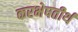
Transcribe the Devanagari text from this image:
करभेषतीर्थ